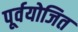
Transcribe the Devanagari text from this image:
पूर्वयोजित